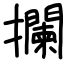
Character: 攔